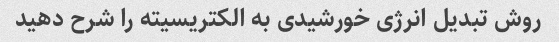
روش تبدیل انرژی خورشیدی به الکتریسیته را شرح دهید